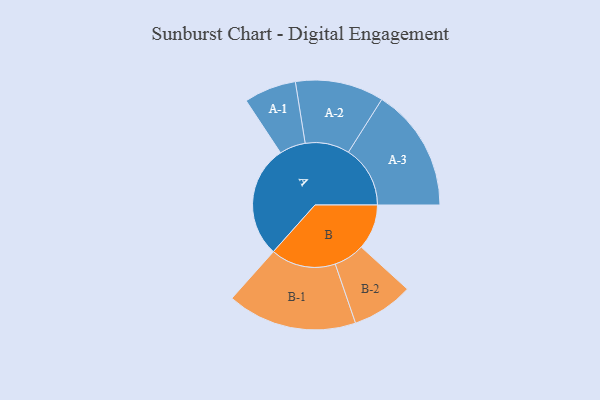
{"axis": {"x": "Segment", "y": "Value"}, "legend": ["", "A", "B"], "data": [{"x": "A", "y": 456, "type": ""}, {"x": "B", "y": 184, "type": ""}, {"x": "A-1", "y": 106, "type": "A"}, {"x": "A-2", "y": 180, "type": "A"}, {"x": "A-3", "y": 251, "type": "A"}, {"x": "B-1", "y": 264, "type": "B"}, {"x": "B-2", "y": 125, "type": "B"}]}